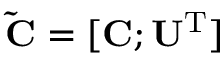
\mathbf { \tilde { C } = [ C ; U ^ { \mathrm { T } } ] }